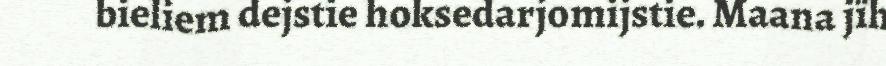
bieliem dejstie hoksedarjomijstie. Maana jïh